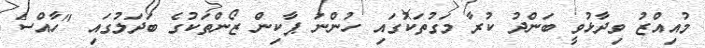
މުއިއްޒު ވިދާޅުވީ ބަންދު ކުރާ މަގުތަކުގައި ހުންނަ ޕާކިން ޒޯންތަކުގެ ބަދަލުގައި "ހާއްސަ